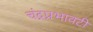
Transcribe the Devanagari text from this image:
चंद्रप्रभावटी